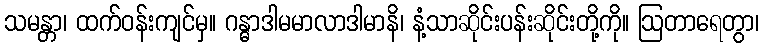
သမန္တာ၊ ထက်ဝန်းကျင်မှ။ ဂန္ဓာဒါမမာလာဒါမာနိ၊ နံ့သာဆိုင်းပန်းဆိုင်းတို့ကို။ ဩတာရေတွာ၊